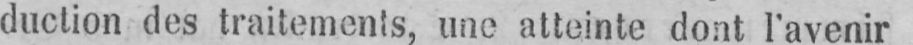
duction des traitements, une atteinte dont l’avenir